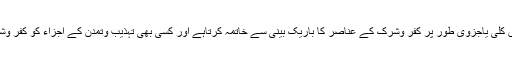
اسلام عقائد، معاملات، مأمورات، معمولات اور زندگی کے ہرشعبے میں کلی یاجزوی طور پر کفر وشرک کے عناصر کا باریک بینی سے خاتمہ کرتاہے اور کسی بھی تہذیب وتمدن کے اجزاء کو کفر وشرک سے پاک صاف کرکے اپنے اندر ضم کرنے کی وسعت رکھتا ہے۔